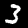
Digit: 3